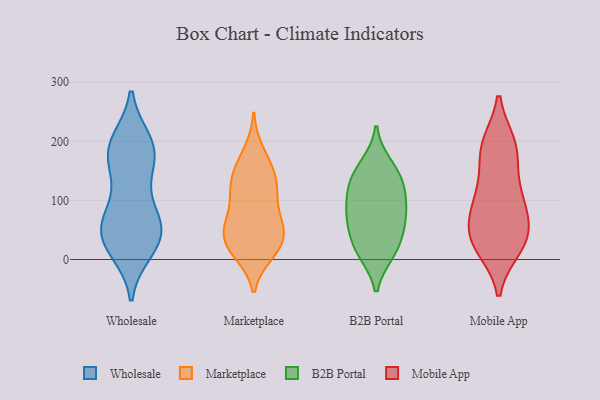
{"axis": {"x": "Population (Million)", "y": "Value"}, "legend": ["B2B Portal", "Marketplace", "Mobile App", "Wholesale"], "data": [{"x": "", "y": 33, "type": "Wholesale"}, {"x": "", "y": 16, "type": "Wholesale"}, {"x": "", "y": 199, "type": "Wholesale"}, {"x": "", "y": 197, "type": "Wholesale"}, {"x": "", "y": 63, "type": "Wholesale"}, {"x": "", "y": 66, "type": "Wholesale"}, {"x": "", "y": 183, "type": "Wholesale"}, {"x": "", "y": 176, "type": "Wholesale"}, {"x": "", "y": 42, "type": "Wholesale"}, {"x": "", "y": 72, "type": "Wholesale"}, {"x": "", "y": 24, "type": "Wholesale"}, {"x": "", "y": 161, "type": "Wholesale"}, {"x": "", "y": 132, "type": "Wholesale"}, {"x": "", "y": 188, "type": "Wholesale"}, {"x": "", "y": 33, "type": "Wholesale"}, {"x": "", "y": 70, "type": "Wholesale"}, {"x": "", "y": 184, "type": "Marketplace"}, {"x": "", "y": 164, "type": "Marketplace"}, {"x": "", "y": 14, "type": "Marketplace"}, {"x": "", "y": 64, "type": "Marketplace"}, {"x": "", "y": 128, "type": "Marketplace"}, {"x": "", "y": 113, "type": "Marketplace"}, {"x": "", "y": 38, "type": "Marketplace"}, {"x": "", "y": 42, "type": "Marketplace"}, {"x": "", "y": 138, "type": "Marketplace"}, {"x": "", "y": 41, "type": "Marketplace"}, {"x": "", "y": 53, "type": "Marketplace"}, {"x": "", "y": 118, "type": "Marketplace"}, {"x": "", "y": 13, "type": "Marketplace"}, {"x": "", "y": 93, "type": "Marketplace"}, {"x": "", "y": 126, "type": "Marketplace"}, {"x": "", "y": 18, "type": "Marketplace"}, {"x": "", "y": 158, "type": "Marketplace"}, {"x": "", "y": 10, "type": "Marketplace"}, {"x": "", "y": 62, "type": "Marketplace"}, {"x": "", "y": 65, "type": "Marketplace"}, {"x": "", "y": 12, "type": "B2B Portal"}, {"x": "", "y": 11, "type": "B2B Portal"}, {"x": "", "y": 119, "type": "B2B Portal"}, {"x": "", "y": 161, "type": "B2B Portal"}, {"x": "", "y": 82, "type": "B2B Portal"}, {"x": "", "y": 151, "type": "B2B Portal"}, {"x": "", "y": 120, "type": "B2B Portal"}, {"x": "", "y": 51, "type": "B2B Portal"}, {"x": "", "y": 23, "type": "B2B Portal"}, {"x": "", "y": 63, "type": "B2B Portal"}, {"x": "", "y": 131, "type": "B2B Portal"}, {"x": "", "y": 69, "type": "B2B Portal"}, {"x": "", "y": 93, "type": "B2B Portal"}, {"x": "", "y": 194, "type": "Mobile App"}, {"x": "", "y": 104, "type": "Mobile App"}, {"x": "", "y": 32, "type": "Mobile App"}, {"x": "", "y": 28, "type": "Mobile App"}, {"x": "", "y": 109, "type": "Mobile App"}, {"x": "", "y": 67, "type": "Mobile App"}, {"x": "", "y": 46, "type": "Mobile App"}, {"x": "", "y": 191, "type": "Mobile App"}, {"x": "", "y": 111, "type": "Mobile App"}, {"x": "", "y": 21, "type": "Mobile App"}, {"x": "", "y": 30, "type": "Mobile App"}, {"x": "", "y": 74, "type": "Mobile App"}, {"x": "", "y": 170, "type": "Mobile App"}, {"x": "", "y": 193, "type": "Mobile App"}]}